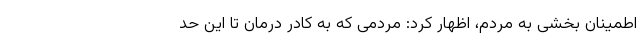
اطمینان بخشی به مردم، اظهار کرد: مردمی که به کادر درمان تا این حد